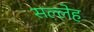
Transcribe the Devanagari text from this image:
सल्लेह